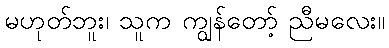
မဟုတ်ဘူး၊ သူက ကျွန်တော့် ညီမလေး။